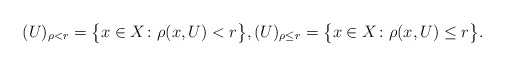
\begin{gather*} (U)_{\rho<r} = \bigl\{ x \in X \colon \rho(x,U) < r \bigr\}, (U)_{\rho \le r} = \bigl\{ x \in X \colon \rho(x,U) \le r \bigr\}. \end{gather*}